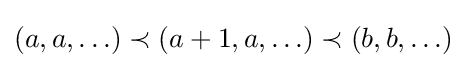
(a,a,\ldots )\prec (a+1,a,\ldots )\prec (b,b,\ldots )